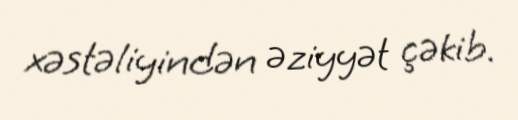
xəstəliyindən əziyyət çəkib.